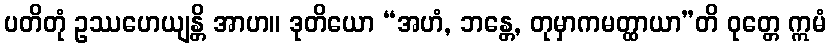
ပတိတုံ ဥဿဟေယျန္တိ အာဟ။ ဒုတိယော “အဟံ, ဘန္တေ, တုမှာကမတ္ထာယာ”တိ ဝုတ္တေ ဣမံ